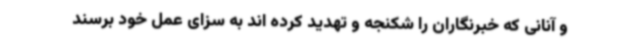
و آنانی که خبرنگاران را شکنجه و تهدید کرده اند به سزای عمل خود برسند